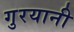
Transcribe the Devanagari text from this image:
गुरयानी